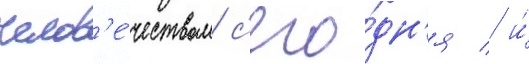
челов'е́чеством с'его́дн'я / и́